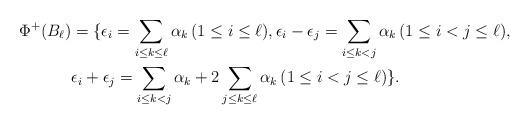
LaTeX: \begin{align*}\Phi^+(B_\ell) & = \{ \epsilon_i=\sum_{i\le k \le \ell }\alpha_k \,(1 \le i \le \ell), \epsilon_i-\epsilon_j=\sum_{i\le k < j }\alpha_k \,(1 \le i < j \le \ell), \\& \epsilon_i+\epsilon_j=\sum_{i\le k<j }\alpha_k+2 \sum_{j\le k \le \ell }\alpha_k\,(1 \le i < j \le \ell) \}.\end{align*}